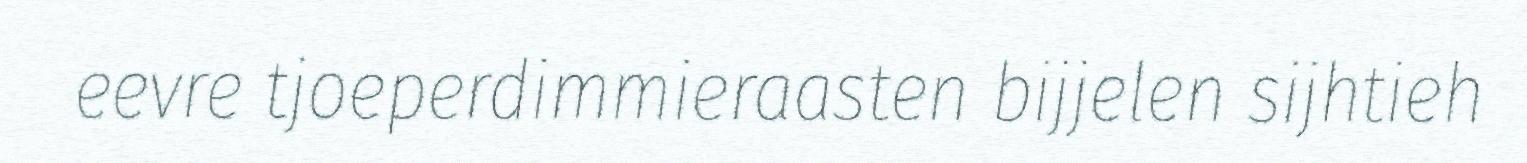
eevre tjoeperdimmieraasten bijjelen sijhtieh